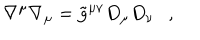
\nabla ^ { \mu } \nabla _ { \mu } = \tilde { g } ^ { \mu \nu } D _ { \mu } D _ { \nu } ,